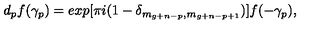
d _ { p } f ( \gamma _ { p } ) = e x p [ \pi i ( 1 - \delta _ { m _ { g + n - p } , m _ { g + n - p + 1 } } ) ] f ( - \gamma _ { p } ) ,